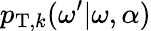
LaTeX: p_{\mathrm{T},k}(\omega^{\prime}\vert\omega,\alpha)